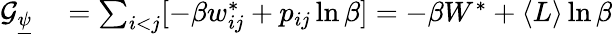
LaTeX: \begin{array}{rl}{\mathcal{G}_{\underline{{\psi}}}}&{{}=\sum_{i<j}[-\beta w_{ij}^{*}+p_{ij}\ln\beta]=-\beta W^{*}+\langle L\rangle\ln\beta}\end{array}